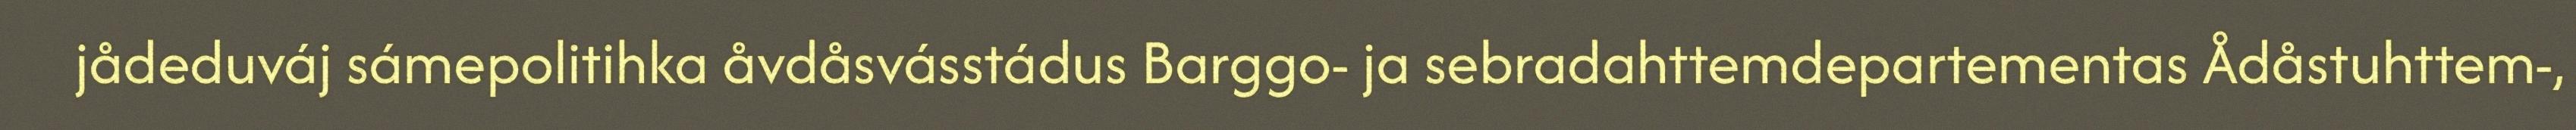
jådeduváj sámepolitihka åvdåsvásstádus Barggo- ja sebradahttemdepartementas Ådåstuhttem-,